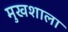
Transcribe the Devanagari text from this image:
मुखशाला